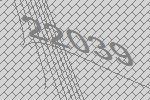
22039